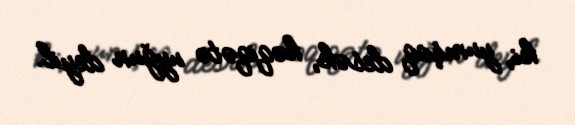
ki, yumşaq desək, həqiqətə uyğun deyil.